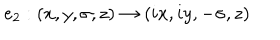
e _ { 2 } : ( x , y , \sigma , z ) \to ( i x , i y , - \sigma , z )